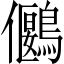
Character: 𪅬